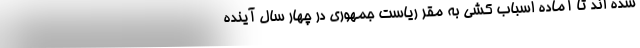
شده اند تا آماده اسباب کشی به مقر ریاست جمهوری در چهار سال آینده